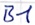
Text: B1